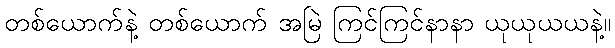
တစ်ယောက်နဲ့ တစ်ယောက် အမြဲ ကြင်ကြင်နာနာ ယုယုယယနဲ့။